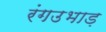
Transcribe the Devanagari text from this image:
रंगउभाड़